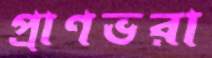
প্রাণভরা